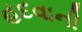
હદવાની